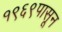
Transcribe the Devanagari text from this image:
१९६९पासून